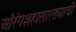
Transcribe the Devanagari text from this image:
औरंगशहासारख्याची